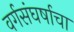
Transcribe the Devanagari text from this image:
वर्गसंघर्षाचा